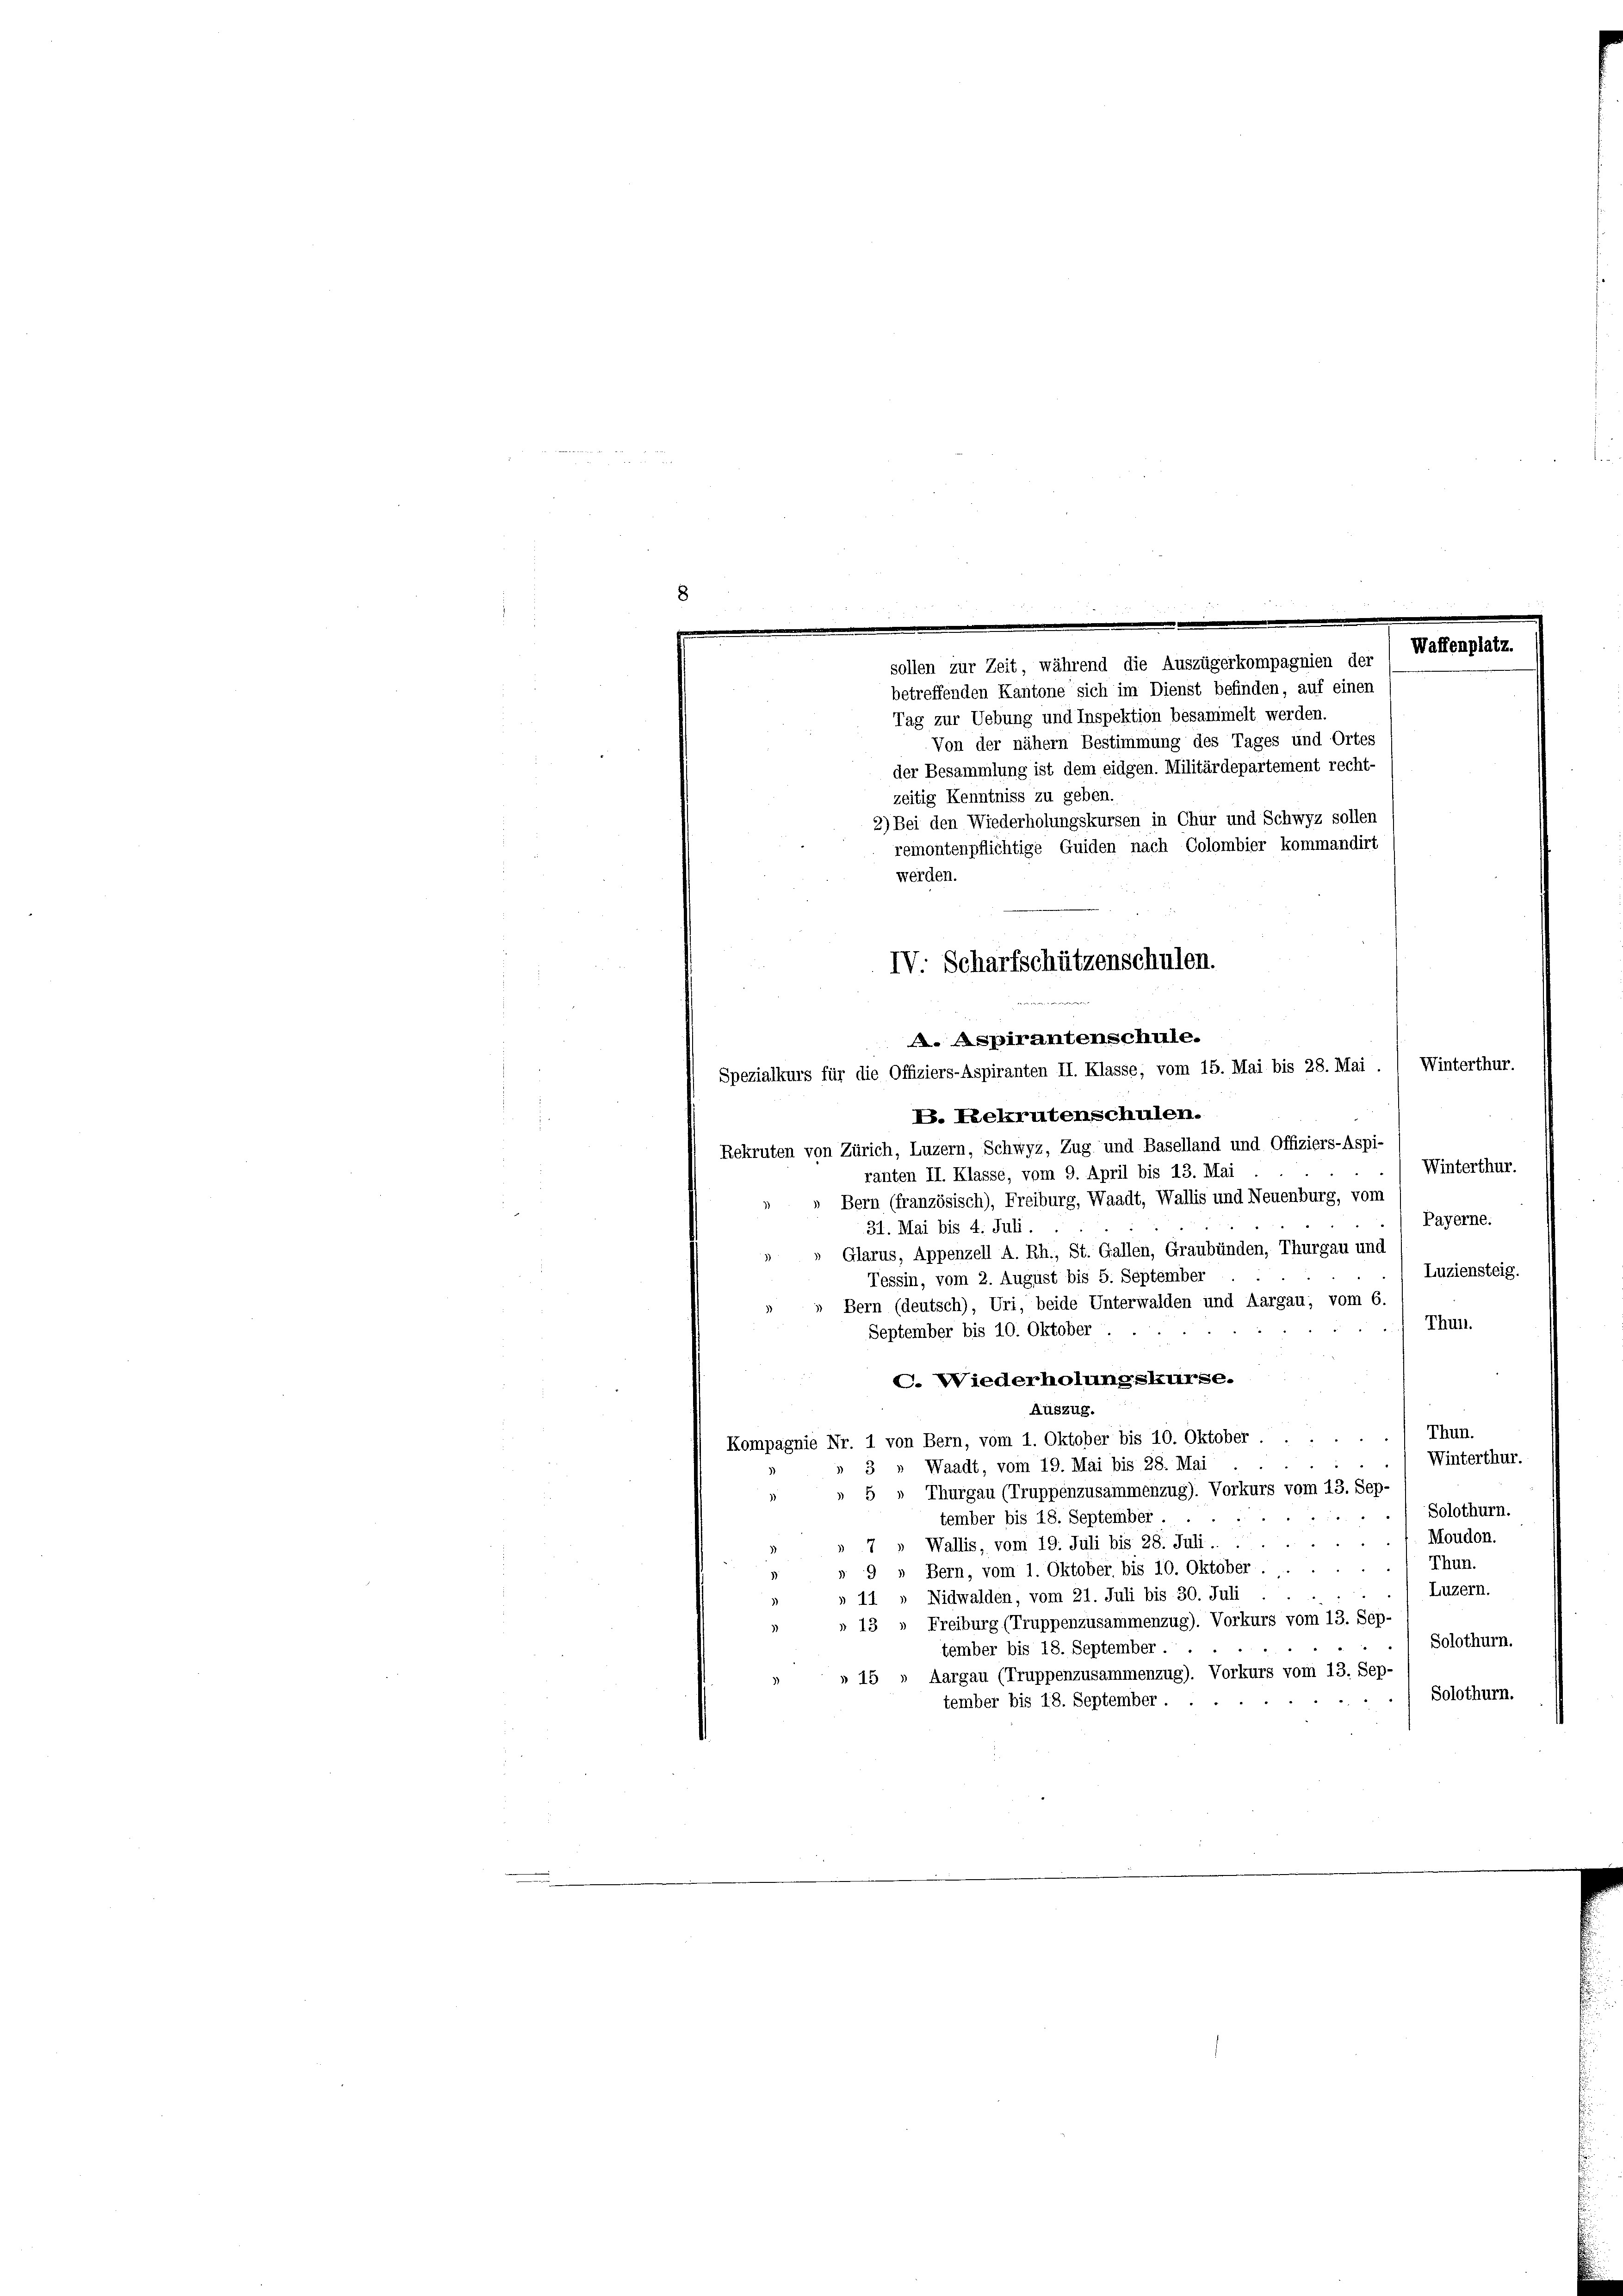
.
Waffenplatz.
sollen zur Zeit, während die Auszügerkompagnien der
betreffenden Kantone sich im Dienst befinden, auf einen

Tag zur Uebung und Inspektion besammelt werden.
Von der nähern Bestimmung des Tages und Ortes
der Besammlung ist dem eidgen. Militärdepartement recht-
zeitig Kenntniss zu geben.
2) Bei den Wiederholungskursen in Chur und Schwyz sollen
remontenpflichtige Guiden nach Colombier kommandirt
werden.
IV: Scharfschützenschulen.
A. Aspirantenschule.
Winterthur.
Spezialkurs für die Offiziers-Aspiranten II. Klasse, vom 15. Mai bis 28. Mai.
B. Rekrutenschulen.
Rekruten von Zürich, Luzern, Schwyz, Zug und Baselland und Offiziers-Aspi¬
Winterthur.
ranten II. Klasse, vom 9. April bis 13. Mai
Bern (französisch), Freiburg, Waadt, Wallis und Neuenburg, vom
Payerne.
31. Mai bis 4. Juli.
Glarus, Appenzell A. Rh., St. Gallen, Graubünden, Thurgau und
Luziensteig.
Tessin, vom 2. August bis 5. September
Bern (deutsch), Uri, beide Unterwalden und Aargau, vom 6.
Thun.
September bis 10. Oktober
C. Wiederholungskurse.
Auszug.
Thun.
Kompagnie Nr. 1 von Bern, vom 1. Oktober bis 10. Oktober
Winterthur.
» 3 » Waadt, vom 19. Mai bis 28. Mai
» 5 „ Thurgau (Truppenzusammenzug). Vorkurs vom 13. Sep-
Solothurn.
tember bis 18. September.
Moudon.
7 Wallis, vom 19. Juli bis 28. Juli.
Thun.
» 9 » Bern, vom 1. Oktober bis 10. Oktober
Luzern.
» 11 » Nidwalden, vom 21. Juli bis 30. Juli
13 " Freiburg (Truppenzusammenzug). Vorkurs vom 13. Sep-
Solothurn.
tember bis 18. September
» 15 » Aargau (Truppenzusammenzug). Vorkurs vom 13. Sep-
Solothurn.
tember bis 18. September . .

n